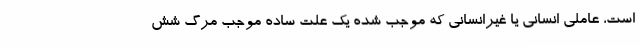
است، عاملی انسانی یا غیرانسانی که موجب شده یک علت ساده موجب مرگ شش